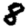
Digit: 8